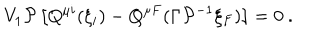
V _ { 1 } { \cal P } \left[ Q ^ { \mu i } ( \xi _ { i } ) - Q ^ { \mu F } ( \Gamma { \cal P } ^ { - 1 } \xi _ { F } ) \right] = 0 \ .